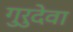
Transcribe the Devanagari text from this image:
गुरुदेवा